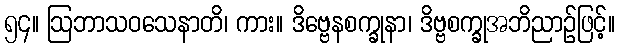
၅၄။ ဩဘာသဝသေနာတိ၊ ကား။ ဒိဗ္ဗေနစက္ခုနာ၊ ဒိဗ္ဗစက္ခုအဘိညာဉ်ဖြင့်။